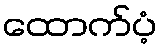
ထောက်ပံ့